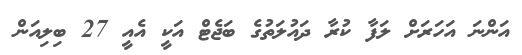
އަންނަ އަހަރަށް ލަފާ ކުރާ ދައުލަތުގެ ބަޖެޓް އަކީ އެއީ 27 ބިލިއަން